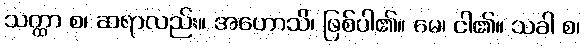
သတ္ထာ စ၊ ဆရာလည်း။ အဟောသိ၊ ဖြစ်ပါ၏။ မေ၊ ငါ၏။ သခါ စ၊